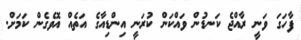
ފާހަގަ ވަނީ ރާއްޖެ ކަނޑުން ވައްކަން ކުރަނީ އިންޑިއާގެ އަތެއް އޮވެގެން ކަމަށް.